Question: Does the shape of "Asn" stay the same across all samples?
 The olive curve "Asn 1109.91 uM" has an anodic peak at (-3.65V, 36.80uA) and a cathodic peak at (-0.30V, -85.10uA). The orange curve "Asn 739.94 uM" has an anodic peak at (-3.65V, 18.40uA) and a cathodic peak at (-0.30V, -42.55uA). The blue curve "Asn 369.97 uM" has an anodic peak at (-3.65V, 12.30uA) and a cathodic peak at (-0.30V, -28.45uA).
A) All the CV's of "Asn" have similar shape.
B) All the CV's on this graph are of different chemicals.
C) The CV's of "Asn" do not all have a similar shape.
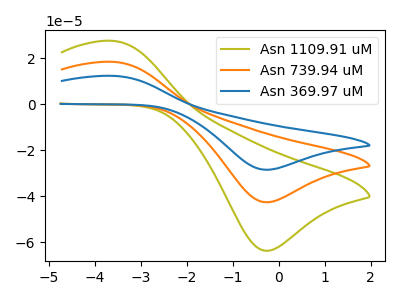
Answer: <think>All the peaks in "Asn 1109.91 uM" have a peak in "Asn 739.94 uM" at the same potential. Every peak in "Asn 1109.91 uM" is higher than every peak in "Asn 739.94 uM". All the peaks in "Asn 1109.91 uM" have a peak in "Asn 369.97 uM" at the same potential. Every peak in "Asn 1109.91 uM" is higher than every peak in "Asn 369.97 uM". All the peaks in "Asn 739.94 uM" have a peak in "Asn 369.97 uM" at the same potential. Every peak in "Asn 739.94 uM" is higher than every peak in "Asn 369.97 uM".
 </think>
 <answer>A) All the CV's of "Asn" have similar shape.</answer>
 <eval>A</eval>